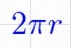
2\pi r